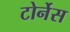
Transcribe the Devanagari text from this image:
टोर्नेस